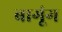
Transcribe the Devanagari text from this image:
बागूंग